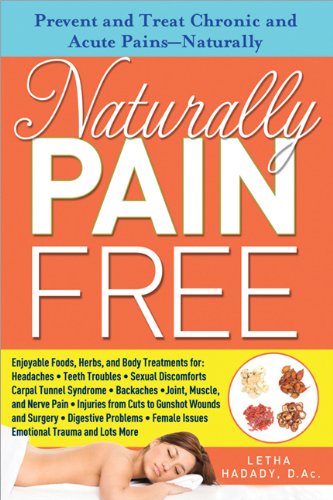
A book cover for Naturally Pain Free: Prevent and Treat Chronic and Acute Pains-Naturally; Letha Hadady D.Ac.; Health, Fitness & Dieting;